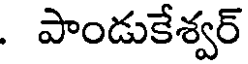
. పాండుకేశ్వర్